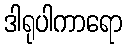
ဒါရုပါကာရော